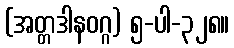
(အတ္တဒါနဝဂ္ဂ) ၅-ပါ-၃၂၈။